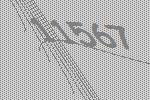
11567